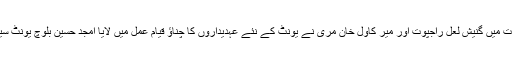
اس موقع پر یونٹ کے قیام عمل کے لئے ضلعی ڈپٹی جنرل سیکرٹری ملک محئی الدین لہڑی کی قیادت میں گنیش لعل راجپوت اور میر کاول خان مری نے یونٹ کے نئے عہدیداروں کا چناؤ قیام عمل میں لایا امجد حسین بلوچ یونٹ سیکرٹری ‘ قدیر بلوچ ڈپٹی یونٹ سیکرٹری اور کامریڈ خدائے رحیم لہڑی ضلعی کونسلر منتخب ہوئے۔